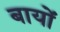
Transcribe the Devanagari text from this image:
बायों